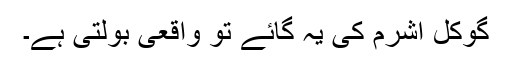
گوکل آشرم کی یہ گائے تو واقعی بولتی ہے۔